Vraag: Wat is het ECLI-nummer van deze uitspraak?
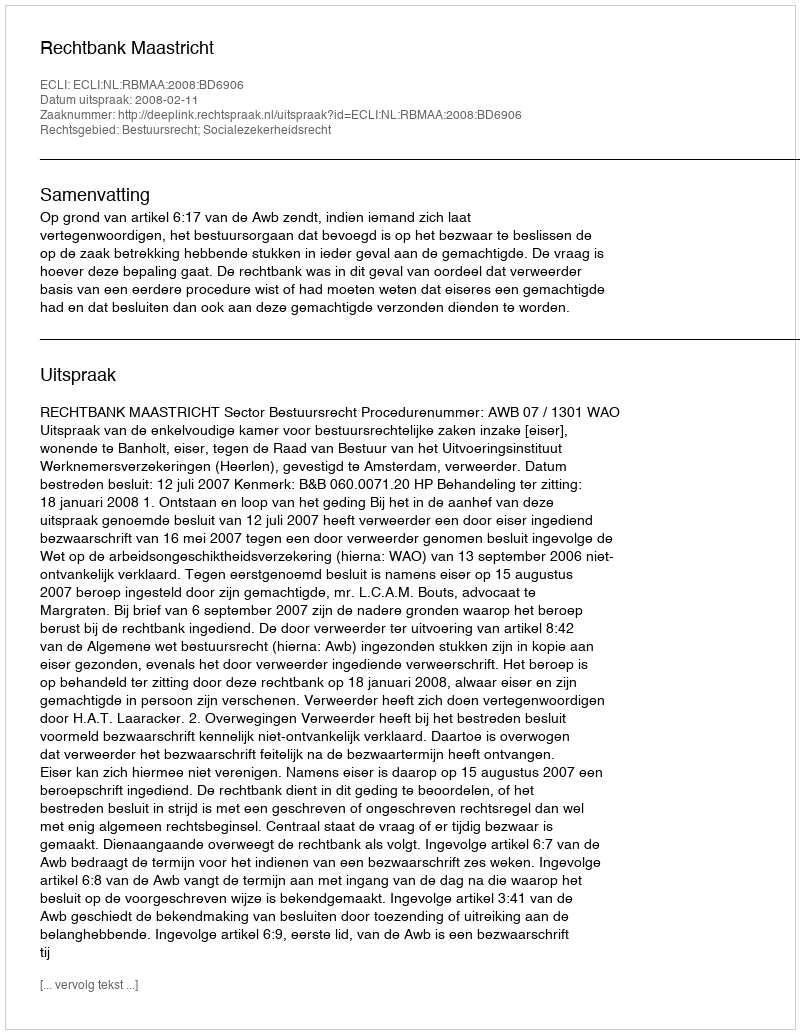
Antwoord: ECLI:NL:RBMAA:2008:BD6906